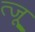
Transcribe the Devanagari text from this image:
त्जू